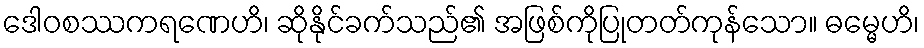
ဒေါဝစဿကရဏေဟိ၊ ဆိုနိုင်ခက်သည်၏ အဖြစ်ကိုပြုတတ်ကုန်သော။ ဓမ္မေဟိ၊